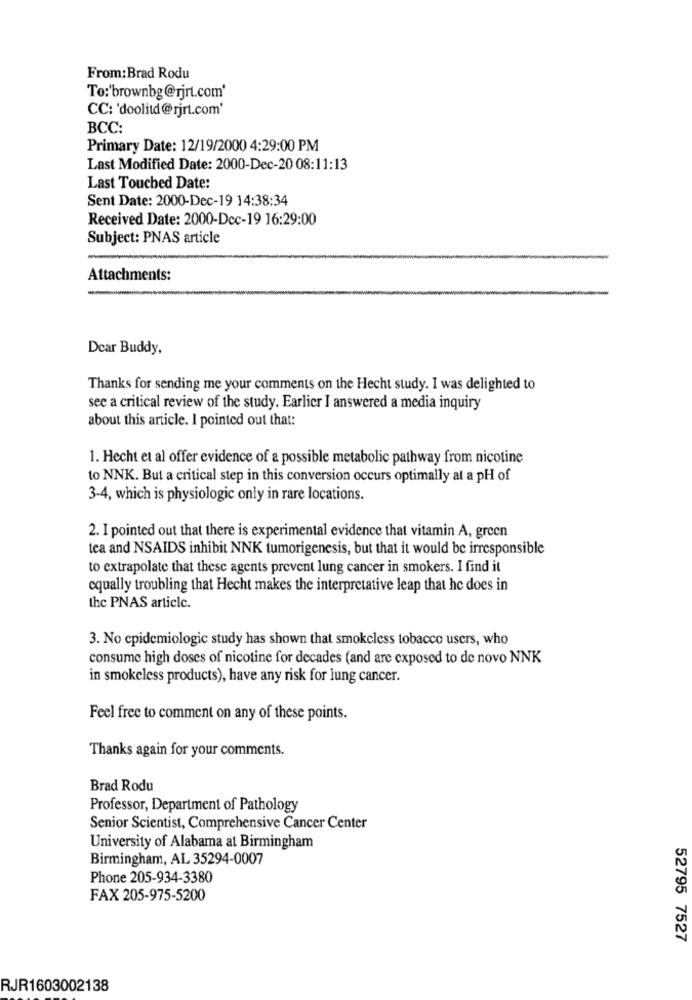
From:Brad Rodu
To:'brownbg@rjrt.com'
CC: 'doolitd@rjrt.com'
BCC:
Primary Date: 12/19/2000 4:29:00 PM
Last Modified Date: 2000-Dec-20 08:11:13
Last Touched Date:
Sent Date: 2000-Dec-19 14:38:34
Received Date: 2000-Dec-19 16:29:00
Subject: PNAS article
Attachments:
Dear Buddy,
Thanks for sending me your comments on the Hecht study. I was delighted to
see a critical review of the study. Earlier I answered a media inquiry
about this article. I pointed out that:
1. Hecht et al offer evidence of a possible metabolic pathway from nicotine
to NNK. But a critical step in this conversion occurs optimally at a pH of
3-4, which is physiologic only in rare locations.
2. I pointed out that there is experimental evidence that vitamin A, green
tea and NSAIDS inhibit NNK tumorigenesis, but that it would be irresponsible
to extrapolate that these agents prevent lung cancer in smokers. I find it
equally troubling that Hecht makes the interpretative leap that he does in
the PNAS article.
3. No cpidemiologic study has shown that smokeless tobacco users, who
consume high doses of nicotine for decades (and are exposed to de novo NNK
in smokeless products), have any risk for lung cancer.
Feel free to comment on any of these points.
Thanks again for your comments.
Brad Rodu
Professor, Department of Pathology
Senior Scientist, Comprehensive Cancer Center
University of Alabama at Birmingham
Birmingham, AL 35294-0007
Phone 205-934-3380
FAX 205-975-5200
52795 7527
RJR1603002138